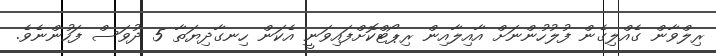
ރިލްވާން ގެއްލިގެން ފުލުހުންނަށް އާއިލާއިން ރިޕޯޓްކޮށްފައިވަނީ އެކަން ހިނގާދިޔަތާ 5 ދުވަސް ފަހުންނެވެ.